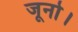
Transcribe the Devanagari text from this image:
जूनो।